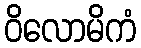
ဝိလောမိကံ